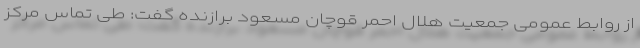
از روابط عمومی جمعیت هلال احمر قوچان مسعود برازنده گفت: طی تماس مرکز